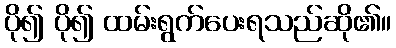
ပို၍ ပို၍ ထမ်းရွက်ပေးရသည်ဆို၏။